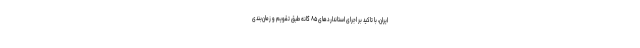
ایران، با تاکید بر اجرای استانداردهای ۸۵ گانه طبق تقویم و زمان‌بندی